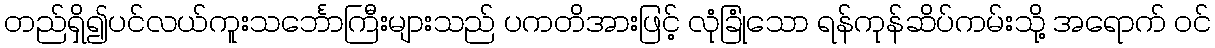
တည်ရှိ၍ပင်လယ်ကူးသင်္ဘောကြီးများသည် ပကတိအားဖြင့် လုံခြုံသော ရန်ကုန်ဆိပ်ကမ်းသို့ အရောက် ဝင်